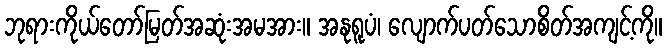
ဘုရားကိုယ်တော်မြတ်အဆုံးအမအား။ အနုရူပံ၊ လျောက်ပတ်သောစိတ်အကျင့်ကို။